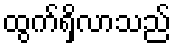
ထွက်ရှိလာသည်